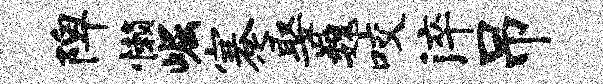
陴懒崛蹇娶巍咬淬吊